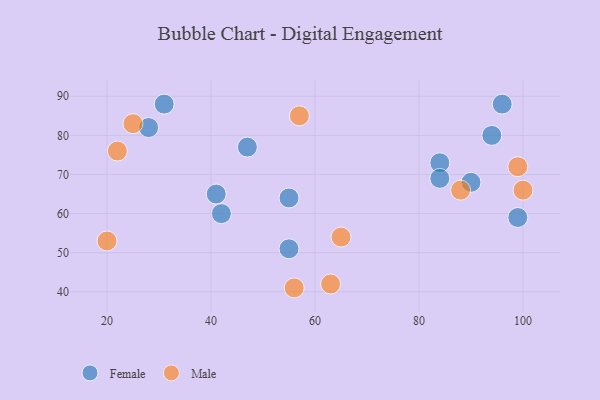
{"axis": {"x": "GDP", "y": "Life Expectancy"}, "legend": ["Female", "Male"], "data": [{"x": "90", "y": 68, "type": "Female"}, {"x": "99", "y": 59, "type": "Female"}, {"x": "96", "y": 88, "type": "Female"}, {"x": "94", "y": 80, "type": "Female"}, {"x": "42", "y": 60, "type": "Female"}, {"x": "84", "y": 73, "type": "Female"}, {"x": "31", "y": 88, "type": "Female"}, {"x": "55", "y": 51, "type": "Female"}, {"x": "84", "y": 69, "type": "Female"}, {"x": "47", "y": 77, "type": "Female"}, {"x": "41", "y": 65, "type": "Female"}, {"x": "28", "y": 82, "type": "Female"}, {"x": "55", "y": 64, "type": "Female"}, {"x": "88", "y": 66, "type": "Male"}, {"x": "99", "y": 72, "type": "Male"}, {"x": "65", "y": 54, "type": "Male"}, {"x": "22", "y": 76, "type": "Male"}, {"x": "63", "y": 42, "type": "Male"}, {"x": "57", "y": 85, "type": "Male"}, {"x": "25", "y": 83, "type": "Male"}, {"x": "100", "y": 66, "type": "Male"}, {"x": "20", "y": 53, "type": "Male"}, {"x": "56", "y": 41, "type": "Male"}]}